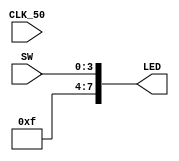

/*
	Blinking LED
	
	This code turns an 4 onboard LEDs according to the slide switches' position.
	
	Written for the Lab Kiwi development board, by Omri Raz, on the 5th of March, 2021.
	
*/

module SlideSwitches(

	input		CLK_50, //Defining the clock as an input (The onboard clock of the Kiwi is 50MHz)
	input	[3:0]	SW,	//Defining the 4 built in slide switches on the Kiwi.
	output	[7:0]	LED	//Defining the 8 built in LEDs on the Kiwi.
				//Note: these definitions were made using the Lab Kiwi Project Generator.

);


assign LED[7:4] = 4'b1111; //Turn off the unused LEDs (1 means that the led is OFF)
assign LED[3:0] = SW[3:0]; //Assign the LEDs in position 0-3 (4 in total) to the 4 slide switches.

endmodule